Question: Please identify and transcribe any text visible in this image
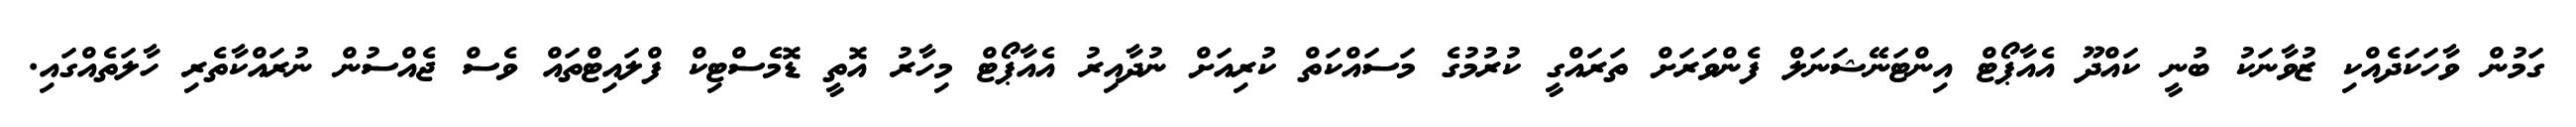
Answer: ގަމުން ވާހަކަދެއްކި ޒުވާނަކު ބުނީ ކައްދޫ އެއާޕޯޓް އިންޓަނޭޝަނަލް ފެންވަރަށް ތަރައްގީ ކުރުމުގެ މަސައްކަތް ކުރިއަށް ނުދާއިރު އެއާޕޯޓް މިހާރު އޮތީ ޑޮމެސްޓިކް ފްލައިޓްތައް ވެސް ޖެއްސުން ނުރައްކާތެރި ހާލަތެއްގައި.